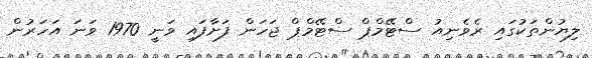
ލިޔުންތަކުގައި ރެވެނިއު ސްޓޭމްޕް ސްޓޭމްޕް ޖަހަން ފަށާފައި ވަނީ 1970 ވަނަ އަހަރުން